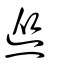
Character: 熧